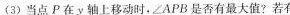
（3）当点P在y轴上移动时，∠APB是否有最大值？若有